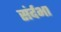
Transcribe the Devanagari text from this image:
संर्दभा